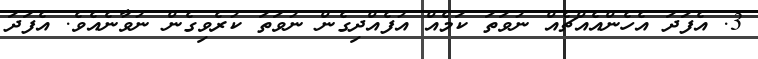
3. އެފަދަ އެހެންއެއްޗެއް ނުވަތަ ކަމެއް އުފެއްދިގެން ނުވަތަ ކުރެވިގެން ނުވާނެއެވެ. އެފަދަ